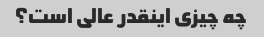
چه چیزی اینقدر عالی است؟